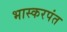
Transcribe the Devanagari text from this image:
भास्करपंत